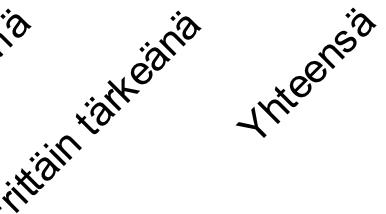
itt äi n t är k e ä n ä Y ht e e n s ä